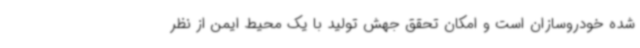
شده خودروسازان است و امکان تحقق جهش تولید با یک محیط ایمن از نظر